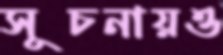
সূচনায়ও